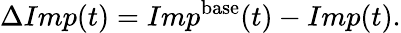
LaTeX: \Delta Imp(t)=Imp^{\mathrm{base}}(t)-Imp(t).